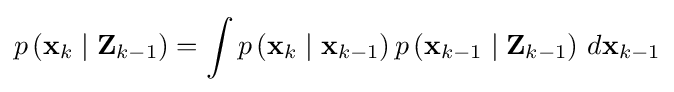
p\left(\mathbf {x} _{k}\mid \mathbf {Z} _{k-1}\right)=\int p\left(\mathbf {x} _{k}\mid \mathbf {x} _{k-1}\right)p\left(\mathbf {x} _{k-1}\mid \mathbf {Z} _{k-1}\right)\,d\mathbf {x} _{k-1}